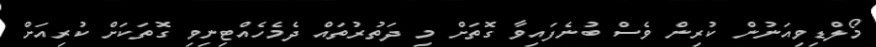
މޯލްޑިވިއަނުން ކުރިން ވެސް ބުނެފައިވާ ގޮތަށް މި ދަތުރުތައް ދެމެހެއްޓިނިވި ގޮތަކަށް ކުރިއަށް